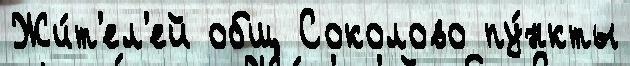
Жи́т'ел'ей общ Соколово пу́нкты